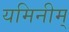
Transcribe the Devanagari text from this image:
यमिनीम्